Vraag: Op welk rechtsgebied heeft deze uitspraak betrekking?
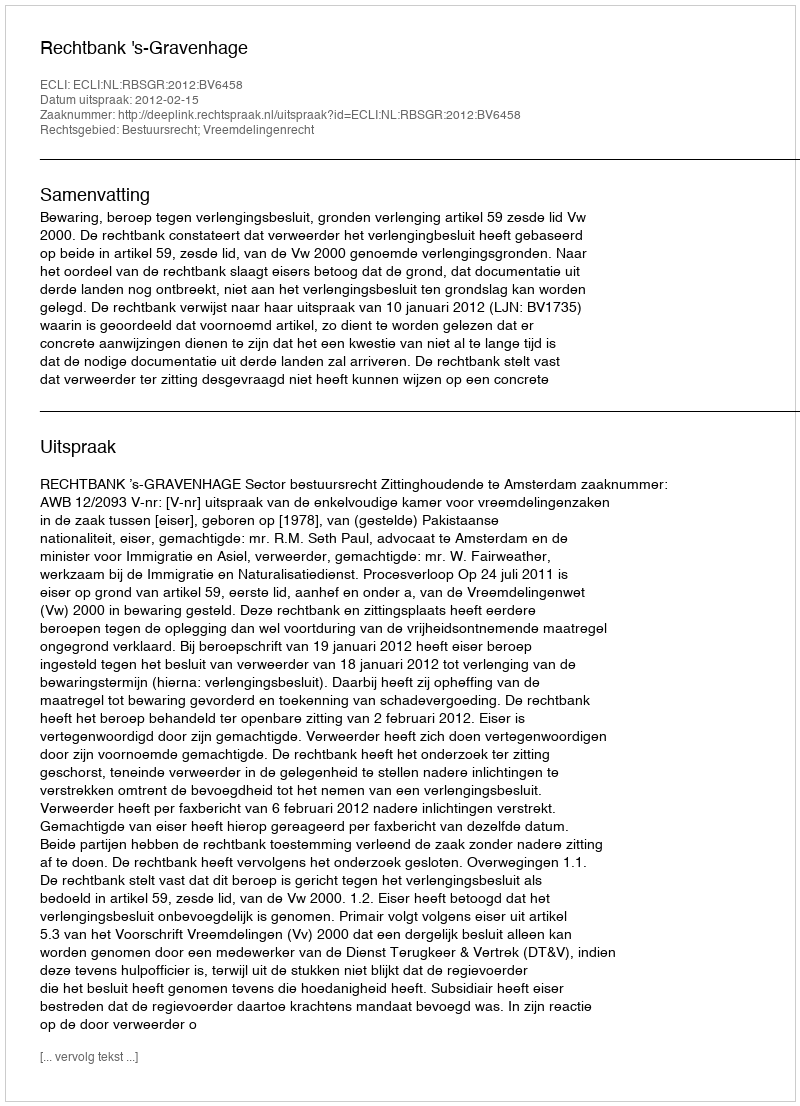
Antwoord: Bestuursrecht; Vreemdelingenrecht